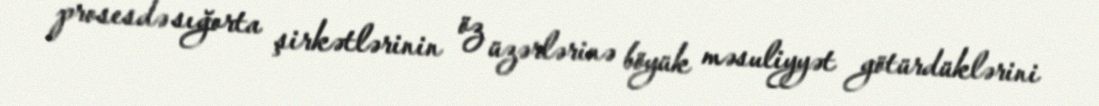
prosesdə sığorta şirkətlərinin öz üzərlərinə böyük məsuliyyət götürdüklərini